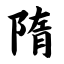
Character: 隋